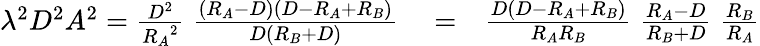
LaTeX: \begin{array}{rlr}{\lambda^{2}D^{2}A^{2}={\frac{D^{2}}{{R_{A}}^{2}}}\; {\frac{(R_{A}-D)(D-R_{A}+R_{B})}{D(R_{B}+D)}}}&{{}=}&{{\frac{D(D-R_{A}+R_{B})}{R_{A}R_{B}}}\; {\frac{R_{A}-D}{R_{B}+D}}\; {\frac{R_{B}}{R_{A}}}}\end{array}